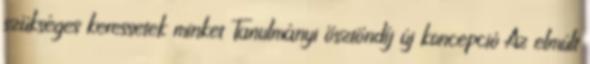
szükséges keressetek minket Tanulmányi ösztöndíj új koncepció Az elmúlt